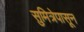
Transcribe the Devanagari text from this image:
सुमित्रेपासून